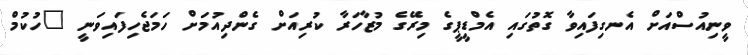
ވީނިއުސްއަށް އެނގިފައިވާ ގޮތުގައި އެމްޑީޕީގެ މިރޭގެ މުޒާހަރާ ކުރިއަށް ގެންދިއުމަށް ހަމަޖެހިފައިވަނީ "ހުކުމް